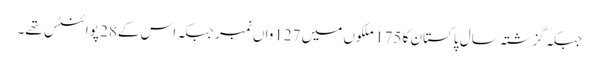
جبکہ گزشتہ سال پاکستان کا 175 ملکوں میں 127واں نمبر جبکہ اس کے28 پوائنٹس تھے۔